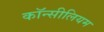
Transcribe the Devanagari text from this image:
कॉन्सीलियम